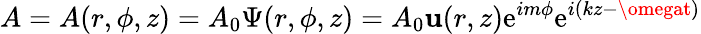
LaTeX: A=A(r,\phi,z)=A_{0}\Psi(r,\phi,z)=A_{0}\mathbf{u}(r,z)\mathrm{{e}}^{im\phi}\mathrm{{e}}^{i(kz-\omegat)}